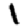
Digit: 1